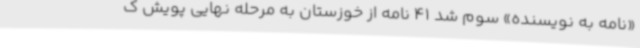
«نامه به نویسنده» سوم شد 41 نامه از خوزستان به مرحله نهایی پویش ک